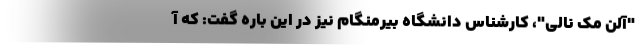
"آلن مک نالی"، کارشناس دانشگاه بیرمنگام نیز در این باره گفت: که آ